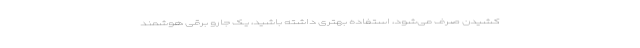
کشیدن صرف می‌شود، استفاده بهتری داشته باشید، یک جارو برقی هوشمند